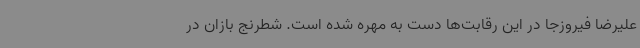
علیرضا فیروزجا در این رقابت‌ها دست به مهره شده است. شطرنج بازان در